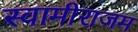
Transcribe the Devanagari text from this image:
स्वामीराजम